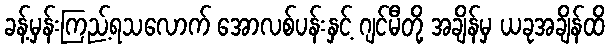
ခန့်မှန်းကြည့်ရသလောက် အောလစ်ပန်းနှင့် ဂျင်မီတို့ အချိန်မှ ယခုအချိန်ထိ